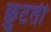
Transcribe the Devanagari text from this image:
छुटती